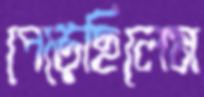
পেড়েছিলেম